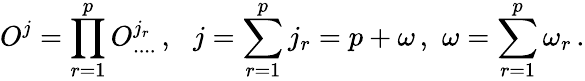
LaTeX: O^{j}=\prod_{r=1}^{p}O_{....}^{j_{r}}\, ,\, \, \, \, j=\sum_{r=1}^{p}j_{r}=p+\omega\, ,\, \, \omega=\sum_{r=1}^{p}\omega_{r}\, .